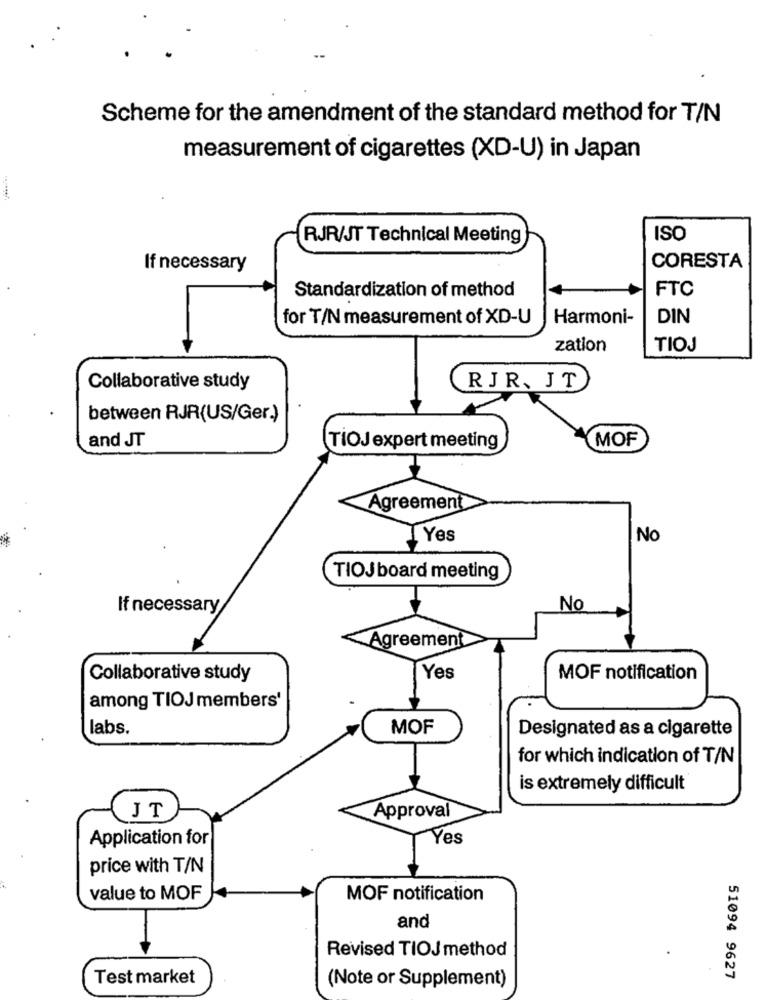
Scheme for the amendment of the standard method for T/N
measurement of cigarettes (XD-U) in Japan
RJR/JT Technical Meeting
ISO
If necessary
CORESTA
FTC
Standardization of method
for T/N measurement of XD-U
Harmoni-
DIN
zation
TIOJ
Collaborative study
RJR. JT
between RJR(US/Ger.)
and JT
MOF
TiOJ expert meeting
Agreement
İ Yes
No
TIOJ board meeting
If necessary
No
Agreement
Collaborative study
Yes
MOF notification
among TIOJ members'
labs.
MOF
Designated as a cigarette
for which indication of T/N
is extremely difficult
JT
Approval
Application for
Yes
price with T/N
value to MOF
MOF notification
and
Revised TIOJ method
Test market
51094 9627
(Note or Supplement)